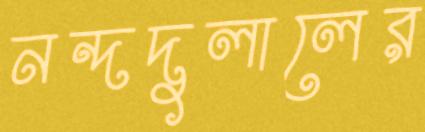
নন্দদুলালের